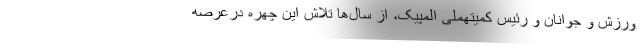
ورزش و جوانان و رئیس کمیتهملی المپیک، از سال‌ها تلاش این چهره درعرصه